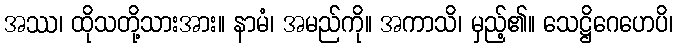
အဿ၊ ထိုသတို့သားအား။ နာမံ၊ အမည်ကို။ အကာသိ၊ မှည့်၏။ သေဋ္ဌိဂေဟေပိ၊